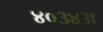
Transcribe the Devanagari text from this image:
४०३४अ